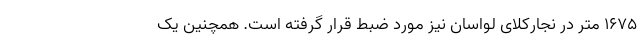
۱۶۷۵ متر در نجارکلای لواسان نیز مورد ضبط قرار گرفته است. همچنین یک